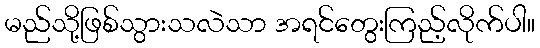
မည်သို့ဖြစ်သွားသလဲသာ အရင်တွေးကြည့်လိုက်ပါ။